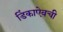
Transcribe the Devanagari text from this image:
डिंकाऐवची